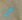
عن